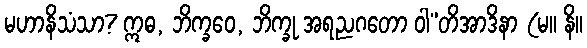
မဟာနိသံသာ? ဣဓ, ဘိက္ခဝေ, ဘိက္ခု အရညဂတော ဝါ”တိအာဒိနာ (မ။ နိ။